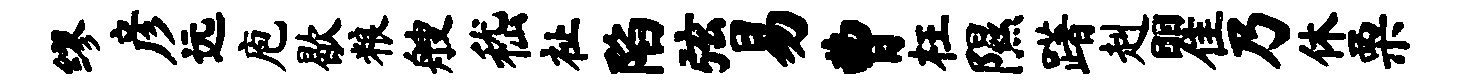
缪彦远庖歇粮艘嵇祉陷弦易曹枉隰躇赳瞿乃休栗